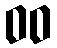
00